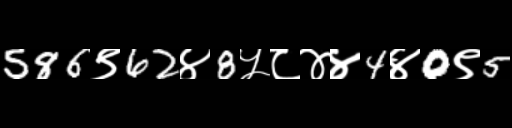
Text: 586९62४8५८४४4४0९5